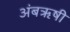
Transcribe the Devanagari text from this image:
अंबॠषी